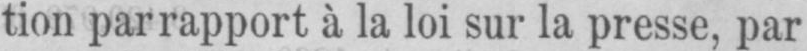
tion par rapport à la loi sur la presse, par